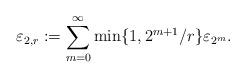
LaTeX: \begin{align*}\varepsilon_{2,r}:=\sum_{m=0}^\infty \min\{1,2^{m+1}/r\} \varepsilon_{2^m}.\end{align*}